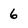
Character: 6